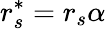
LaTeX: r_{s}^{*}=r_{s}\alpha